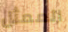
الممثل